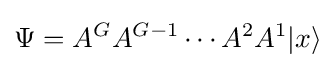
\Psi =A^{G}A^{G-1}\dotsb A^{2}A^{1}|x\rangle